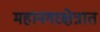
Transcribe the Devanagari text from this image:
महानगरक्षेत्रात